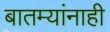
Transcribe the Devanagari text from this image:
बातम्यांनाही